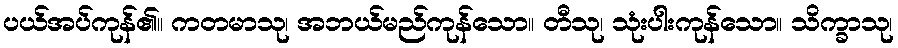
ပယ်အပ်ကုန်၏။ ကတမာသု၊ အဘယ်မည်ကုန်သော။ တီသု၊ သုံးပါးကုန်သော။ သိက္ခာသု၊